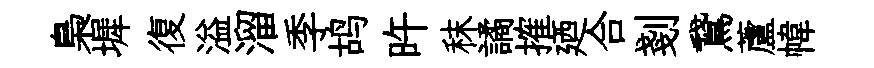
梟墀復溢溜季鸪旿秣譎搉廼合剗鵞蘆幃